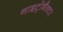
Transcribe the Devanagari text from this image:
नाइट्रोबैक्टर